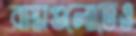
রাস্তাগুলোতেও